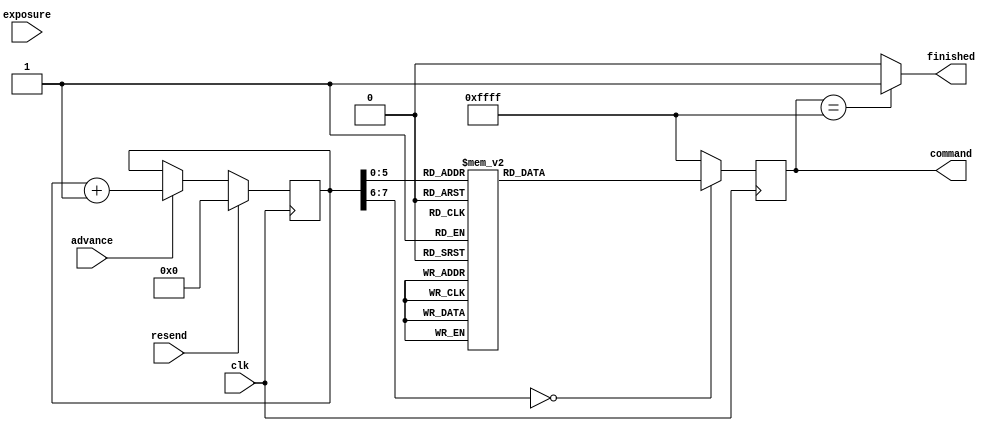

//--------------------------------------------------------------------------------------------


module ov7670_registers_right(clk, resend, advance, exposure, command, finished);
   input         clk;
   input         resend;
   input         advance;
   input [15:0]  exposure;
   output [15:0] command;
   output        finished;
   
   reg [15:0]    sreg;
   reg [7:0]     address;
   wire [7:0]    AECH;
   wire [5:0]    AECHH;
   wire [1:0]    COM1;
   
   assign command = sreg;
   assign finished = (sreg == 16'hFFFF) ? 1'b1 : 
                     1'b0;
   assign AECHH = {6{1'b1}};
   assign AECH = {8{1'b1}};
   assign COM1 = {2{1'b1}};
   
   
   always @(posedge clk)
      
      begin
         if (resend == 1'b1)
            address <= {8{1'b0}};
         else if (advance == 1'b1)
            address <= (address + 1);
         
         case (address)
            8'h00 :
               sreg <= 16'h1280;
            8'h01 :
               sreg <= 16'h1280;
            8'h02 :
               sreg <= 16'h1200;
            8'h03 :
               sreg <= 16'h1100;
            8'h04 :
               sreg <= 16'h0C00;
            8'h05 :
               sreg <= 16'h3E00;
            
            8'h06 :
               sreg <= 16'h8C00;
            8'h07 :
               sreg <= {14'b01000000000000, COM1};
            8'h08 :
               sreg <= 16'h4010;
            8'h09 :
               sreg <= 16'h3a04;
            8'h0A :
               sreg <= 16'h1438;
            8'h0B :
               sreg <= 16'h4fb3;
            8'h0C :
               sreg <= 16'h50b3;
            8'h0D :
               sreg <= 16'h5100;
            8'h0E :
               sreg <= 16'h523d;
            8'h0F :
               sreg <= 16'h53a7;
            8'h10 :
               sreg <= 16'h54e4;
            8'h11 :
               sreg <= 16'h589e;
            8'h12 :
               sreg <= 16'h3dc0;
            8'h13 :
               sreg <= 16'h1100;
            
            8'h14 :
               sreg <= 16'h1711;
            8'h15 :
               sreg <= 16'h1861;
            8'h16 :
               sreg <= 16'h32A4;
            
            8'h17 :
               sreg <= 16'h1903;
            8'h18 :
               sreg <= 16'h1A7b;
            8'h19 :
               sreg <= 16'h030a;
            
            8'h1A :
               sreg <= 16'h0e61;
            8'h1B :
               sreg <= 16'h0f4b;
            
            8'h1C :
               sreg <= 16'h1602;
            8'h1D :
               sreg <= 16'h1e37;
            
            8'h1E :
               sreg <= 16'h2102;
            8'h1F :
               sreg <= 16'h2291;
            
            8'h20 :
               sreg <= 16'h2907;
            8'h21 :
               sreg <= 16'h330b;
            
            8'h22 :
               sreg <= 16'h350b;
            8'h23 :
               sreg <= 16'h371d;
            
            8'h24 :
               sreg <= 16'h3871;
            8'h25 :
               sreg <= 16'h392a;
            
            8'h26 :
               sreg <= 16'h3c78;
            8'h27 :
               sreg <= 16'h4d40;
            
            8'h28 :
               sreg <= 16'h4e20;
            8'h29 :
               sreg <= 16'h6900;
            
            8'h2A :
               sreg <= 16'h6b4a;
            8'h2B :
               sreg <= 16'h7410;
            
            8'h2C :
               sreg <= 16'h8d4f;
            8'h2D :
               sreg <= 16'h8e00;
            
            8'h2E :
               sreg <= 16'h8f00;
            8'h2F :
               sreg <= 16'h9000;
            
            8'h30 :
               sreg <= 16'h9100;
            8'h31 :
               sreg <= 16'h9600;
            
            8'h32 :
               sreg <= 16'h9a00;
            8'h33 :
               sreg <= 16'hb084;
            
            8'h34 :
               sreg <= 16'hb10c;
            8'h35 :
               sreg <= 16'hb20e;
            
            8'h36 :
               sreg <= 16'hb382;
            8'h37 :
               sreg <= 16'hb80a;
            8'h38 :
               sreg <= 16'h138e;
            8'h39 :
               sreg <= 16'h4200;
            
            default :
               sreg <= 16'hffff;
         endcase
      end
   
endmodule